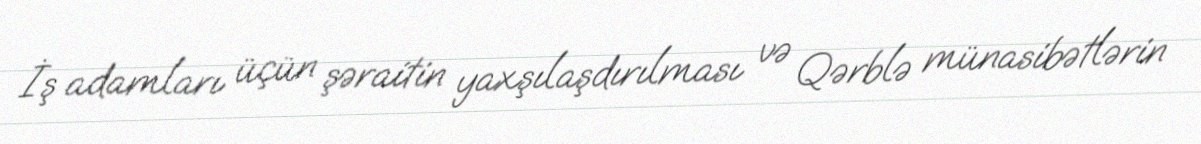
İş adamları üçün şəraitin yaxşılaşdırılması və Qərblə münasibətlərin